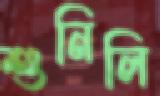
শুনিলি